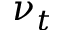
\nu _ { t }